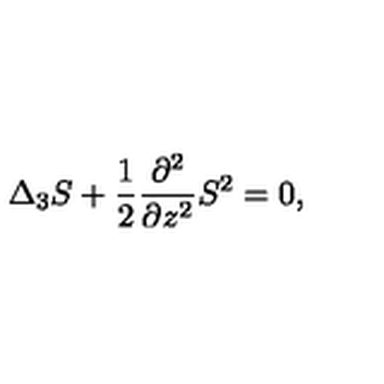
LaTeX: \Delta _ { 3 } S + \frac { 1 } { 2 } \frac { \partial ^ { 2 } } { \partial z ^ { 2 } } S ^ { 2 } = 0 ,